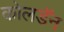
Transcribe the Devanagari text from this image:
कोलडॅन